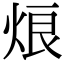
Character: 烺